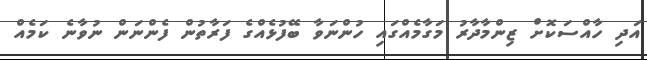
އަދި ހާއްސަކޮށް ޒިންމާދާރު މަގާމެއްގައި ހުންނަވާ ބޭފުޅެއްގެ ފަރާތުން ފެންނަން ނުވާނެ ކަމެއް